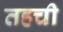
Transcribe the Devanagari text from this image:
तहची